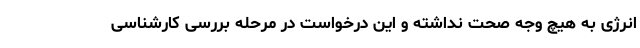
انرژی به هیچ وجه صحت نداشته و این درخواست در مرحله بررسی کارشناسی